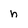
Character: h